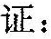
证: